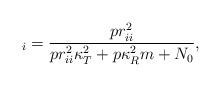
LaTeX: \begin{align*}_{i}=\frac{p r^{2}_{ii}}{pr^{2}_{ii}\kappa^{2}_{T}+p\kappa^{2}_{R}m+N_{0}},\end{align*}